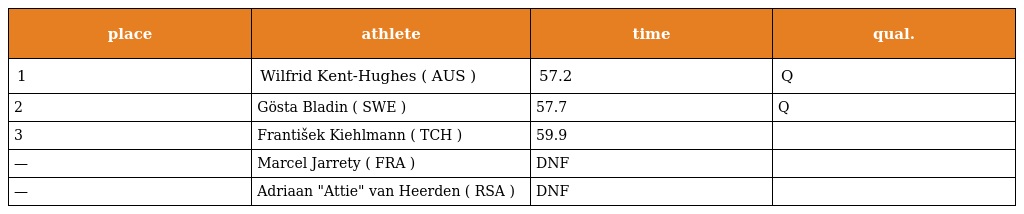
| place | athlete | time | qual. |
 | --- | --- | --- | --- |
 | 1 | Wilfrid Kent-Hughes ( AUS ) | 57.2 | Q |
 | 2 | Gösta Bladin ( SWE ) | 57.7 | Q |
 | 3 | František Kiehlmann ( TCH ) | 59.9 |  |
 | — | Marcel Jarrety ( FRA ) | DNF |  |
 | — | Adriaan "Attie" van Heerden ( RSA ) | DNF |  |